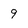
Character: 9